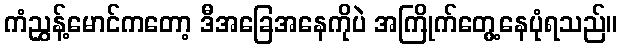
ကံညွှန့်မောင်ကတော့ ဒီအခြေအနေကိုပဲ အကြိုက်တွေ့နေပုံရသည်။